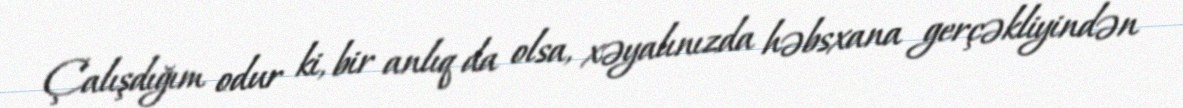
Çalışdığım odur ki, bir anlıq da olsa, xəyalınızda həbsxana gerçəkliyindən